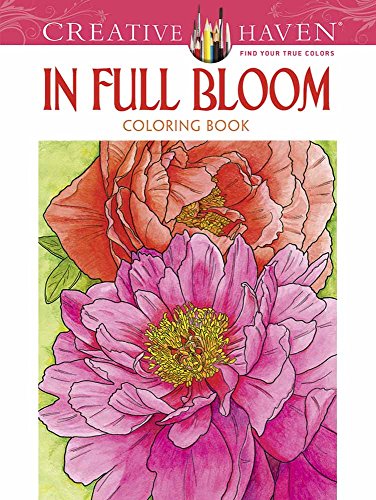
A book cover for Creative Haven In Full Bloom Coloring Book (Creative Haven Coloring Books); Ruth Soffer; Arts & Photography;